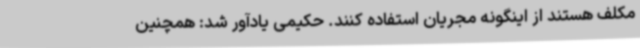
مکلف هستند از اینگونه مجریان استفاده کنند. حکیمی یادآور شد: همچنین